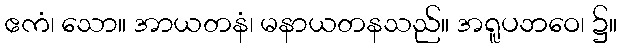
ဧကံ၊ သော။ အာယတနံ၊ မနာယတနသည်။ အရူပဘဝေ၊ ၌။